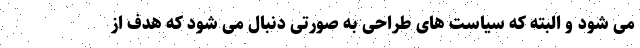
می شود و البته که سیاست های طراحی به صورتی دنبال می شود که هدف از